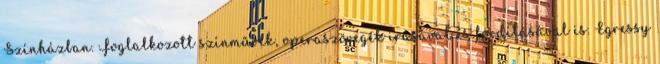
Színházban. Foglalkozott színművek, operaszövegek írásával és fordításával is. Egressy